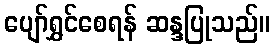
ပျော်ရွှင်စေရန် ဆန္ဒပြုသည်။